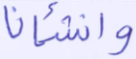
وأنشأنا